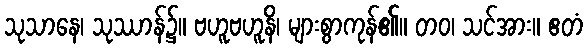
သုသာနေ၊ သုဿာန်၌။ ဗဟူဗဟူနိ၊ များစွာကုန်၏။ တဝ၊ သင်အား။ ဧတံ